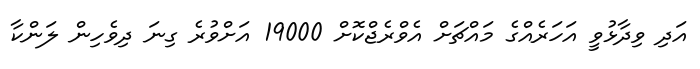
އަދި ވިދާޅުވީ އަހަރެއްގެ މައްޗަށް އެވްރެޖްކޮށް 19000 އަށްވުރެ ގިނަ ދިވެހިން ލަންކާ